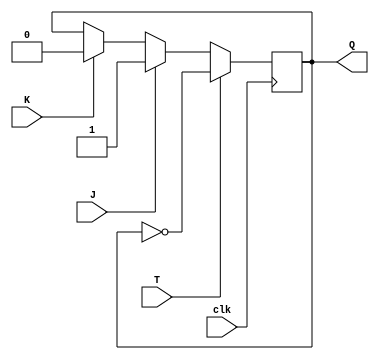
module t_ff_jk (
    input wire T,
    input wire J,
    input wire K,
    input wire clk,
    output reg Q
);

always @(posedge clk) begin
    if (T) begin
        Q <= ~Q;
    end else begin
        if (J) begin
            Q <= 1'b1;
        end else if (K) begin
            Q <= 1'b0;
        end
    end
end

endmodule